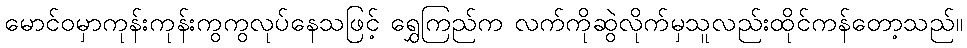
မောင်ဝမှာကုန်းကုန်းကွကွလုပ်နေသဖြင့် ရွှေကြည်က လက်ကိုဆွဲလိုက်မှသူလည်းထိုင်ကန်တော့သည်။